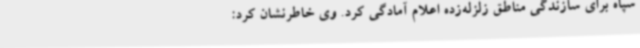
سپاه برای سازندگی مناطق زلزله‌زده اعلام آمادگی کرد. وی خاطرنشان کرد: